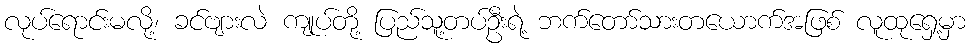
လုပ်ရောင်းမလို့၊ ခင်ဗျားလဲ ကျုပ်တို့ ပြည်သူ့တပ်ဦးရဲ့ ဘက်တော်သားတယောက်အဖြစ် လူထုရှေ့မှာ